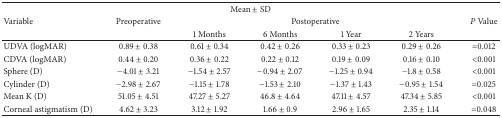
<table><thead><tr><td colspan="7"><b>Mean ± SD</b></td></tr><tr><td><b>Variable</b></td><td><b>Preoperative</b></td><td colspan="4"><b>Postoperative</b></td><td><b><i>P</i> Value</b></td></tr><tr><td><b> </b></td><td><b> </b></td><td><b>1 Months</b></td><td><b>6 Months</b></td><td><b>1 Year</b></td><td><b>2 Years</b></td></tr></thead><tbody><tr><td>UDVA (logMAR)</td><td>0.89 ± 0.38</td><td>0.61 ± 0.34</td><td>0.42 ± 0.26</td><td>0.33 ± 0.23</td><td>0.29 ± 0.26</td><td>=0.012</td></tr><tr><td>CDVA (logMAR)</td><td>0.44 ± 0.20</td><td>0.36 ± 0.22</td><td>0.22 ± 0.12</td><td>0.19 ± 0.09</td><td>0.16 ± 0.10</td><td>&lt;0.001</td></tr><tr><td>Sphere (D)</td><td>−4.01 ± 3.21</td><td>−1.54 ± 2.57</td><td>−0.94 ± 2.07</td><td>−1.25 ± 0.94</td><td>−1.8 ± 0.58</td><td>&lt;0.001</td></tr><tr><td>Cylinder (D)</td><td>−2.98 ± 2.67</td><td>−1.15 ± 1.78</td><td>−1.53 ± 2.10</td><td>−1.37 ± 1.43</td><td>−0.95 ± 1.54</td><td>=0.025</td></tr><tr><td>Mean K (D)</td><td>51.05 ± 4.51</td><td>47.27 ± 5.27</td><td>46.8 ± 4.64</td><td>47.11 ± 4.57</td><td>47.34 ± 5.85</td><td>&lt;0.001</td></tr><tr><td>Corneal astigmatism (D)</td><td>4.62 ± 3.23</td><td>3.12 ± 1.92</td><td>1.66 ± 0.9</td><td>2.96 ± 1.65</td><td>2.35 ± 1.14</td><td>=0.048</td></tr></tbody></table>